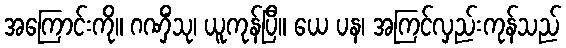
အကြောင်းကို။ ဂဏှိံသု၊ ယူကုန်ပြီ။ ယေ ပန၊ အကြင်လှည်းကုန်သည်